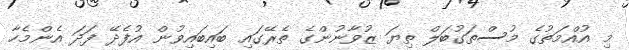
މި އުއްމަތުގެ މުސްތަގުބަލް ތިޔަ ޒުވާނުންގެ ތެރޭގައި ބައިބައިވުން އުފެދޭ ފަދަ އެންމެހާ